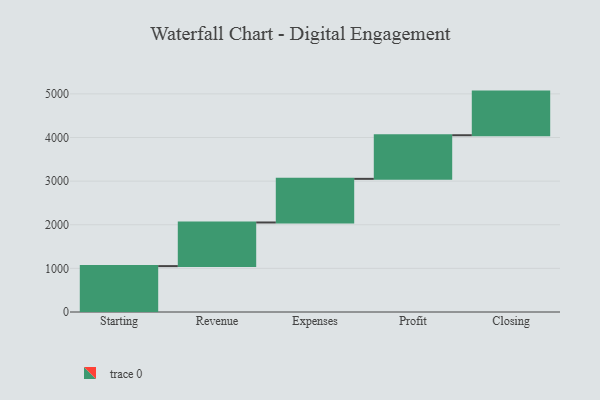
{"axis": {"x": "Step", "y": "Value"}, "legend": [""], "data": [{"x": "Starting", "y": 1052.0, "type": ""}, {"x": "Revenue", "y": 1000, "type": ""}, {"x": "Expenses", "y": 1000, "type": ""}, {"x": "Profit", "y": 1000, "type": ""}, {"x": "Closing", "y": 1000, "type": ""}]}